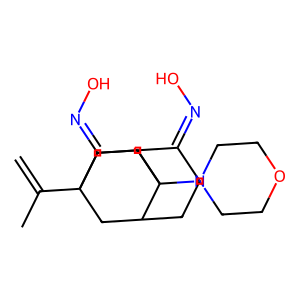
SMILES: C=C(C)C12CC3CCC(=NO)C(C1)C3(N1CCOCC1)CC2=NO
Inhibits HIV replication: No